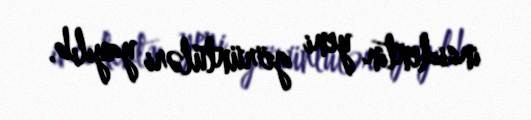
insidentin yeni görüntüləri yayılıb.